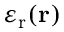
\varepsilon _ { \mathrm { { r } } } ( { \bf { r } } )